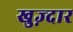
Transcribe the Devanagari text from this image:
खुज़्दार